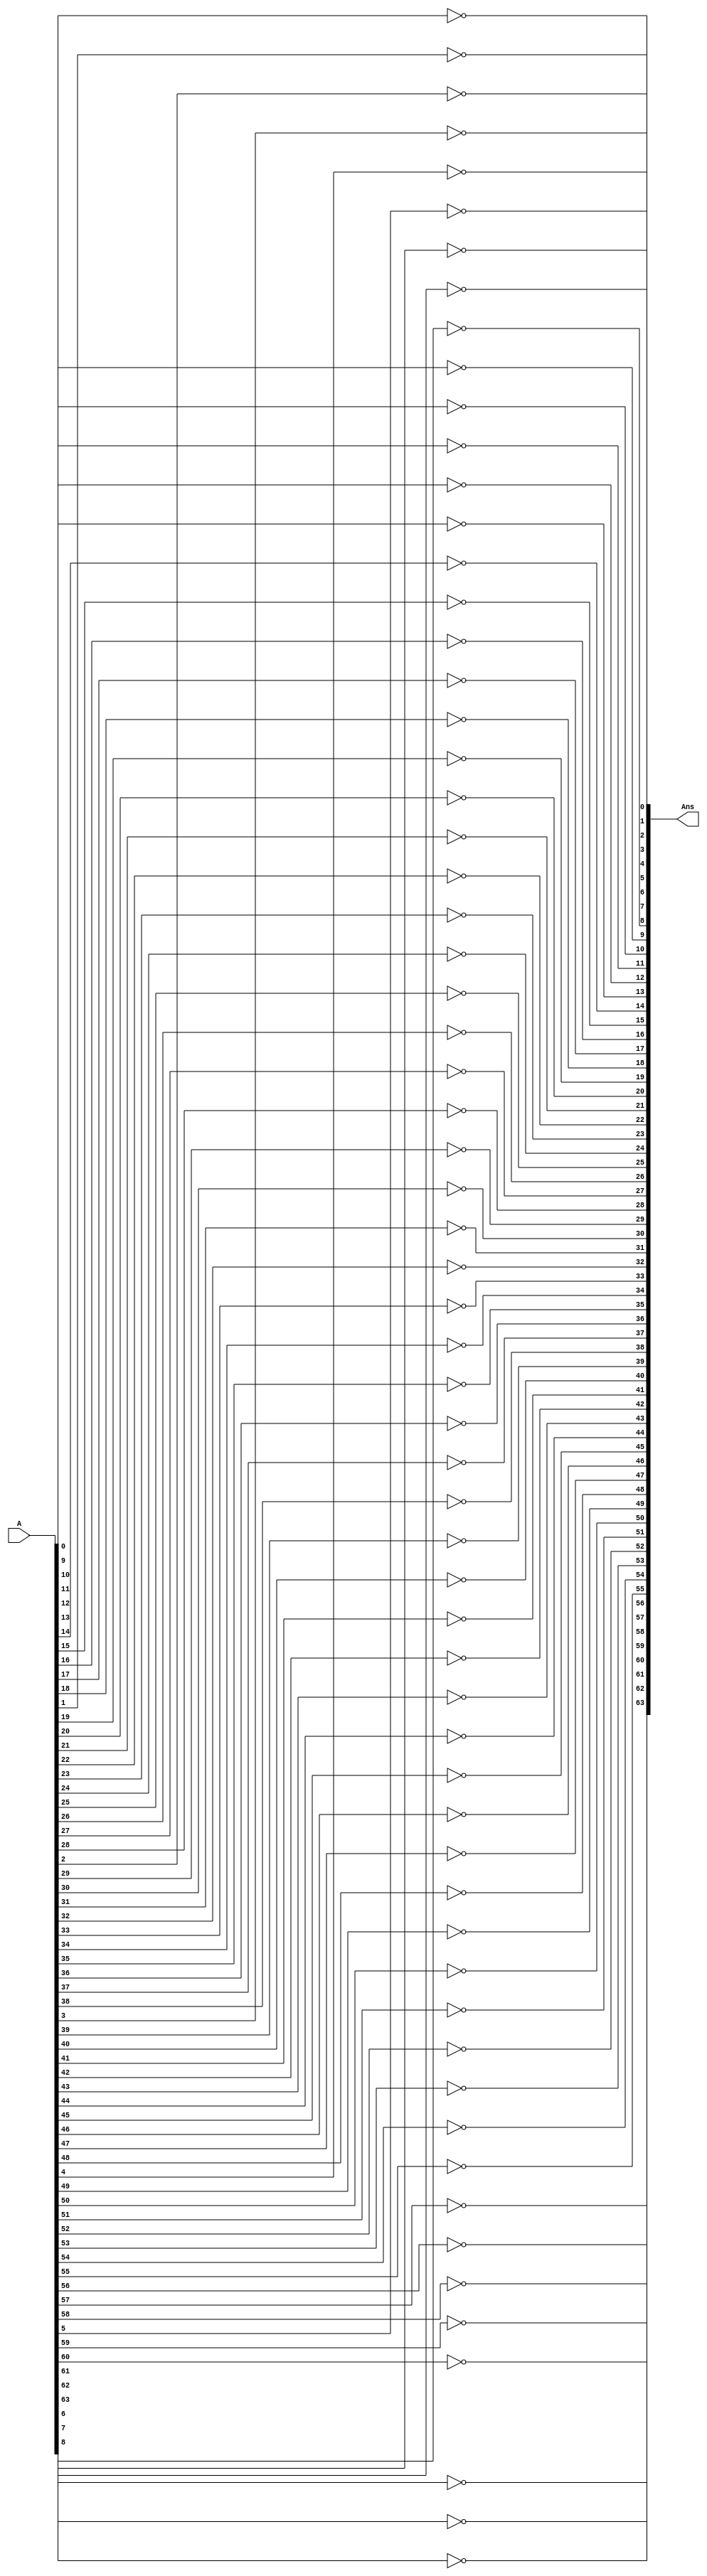
module not64(output signed [63:0] Ans,input signed [63:0] A);
 
    // not operator for 64 bits
    //for loop

    genvar i;

    for(i=0; i<64; i=i+1) begin
        not(Ans[i],A[i]);
    end
endmodule